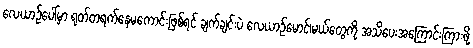
လေယာဉ်ပေါ်မှာ ရုတ်တရက်နေမကောင်းဖြစ်ရင် ချက်ချင်းပဲ လေယာဉ်မောင်၊မယ်တွေကို အသိပေးအကြောင်းကြားဖို့